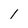
Character: 1